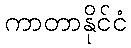
ကာတာနိုင်ငံ